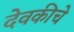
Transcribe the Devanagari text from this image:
देवकीचे